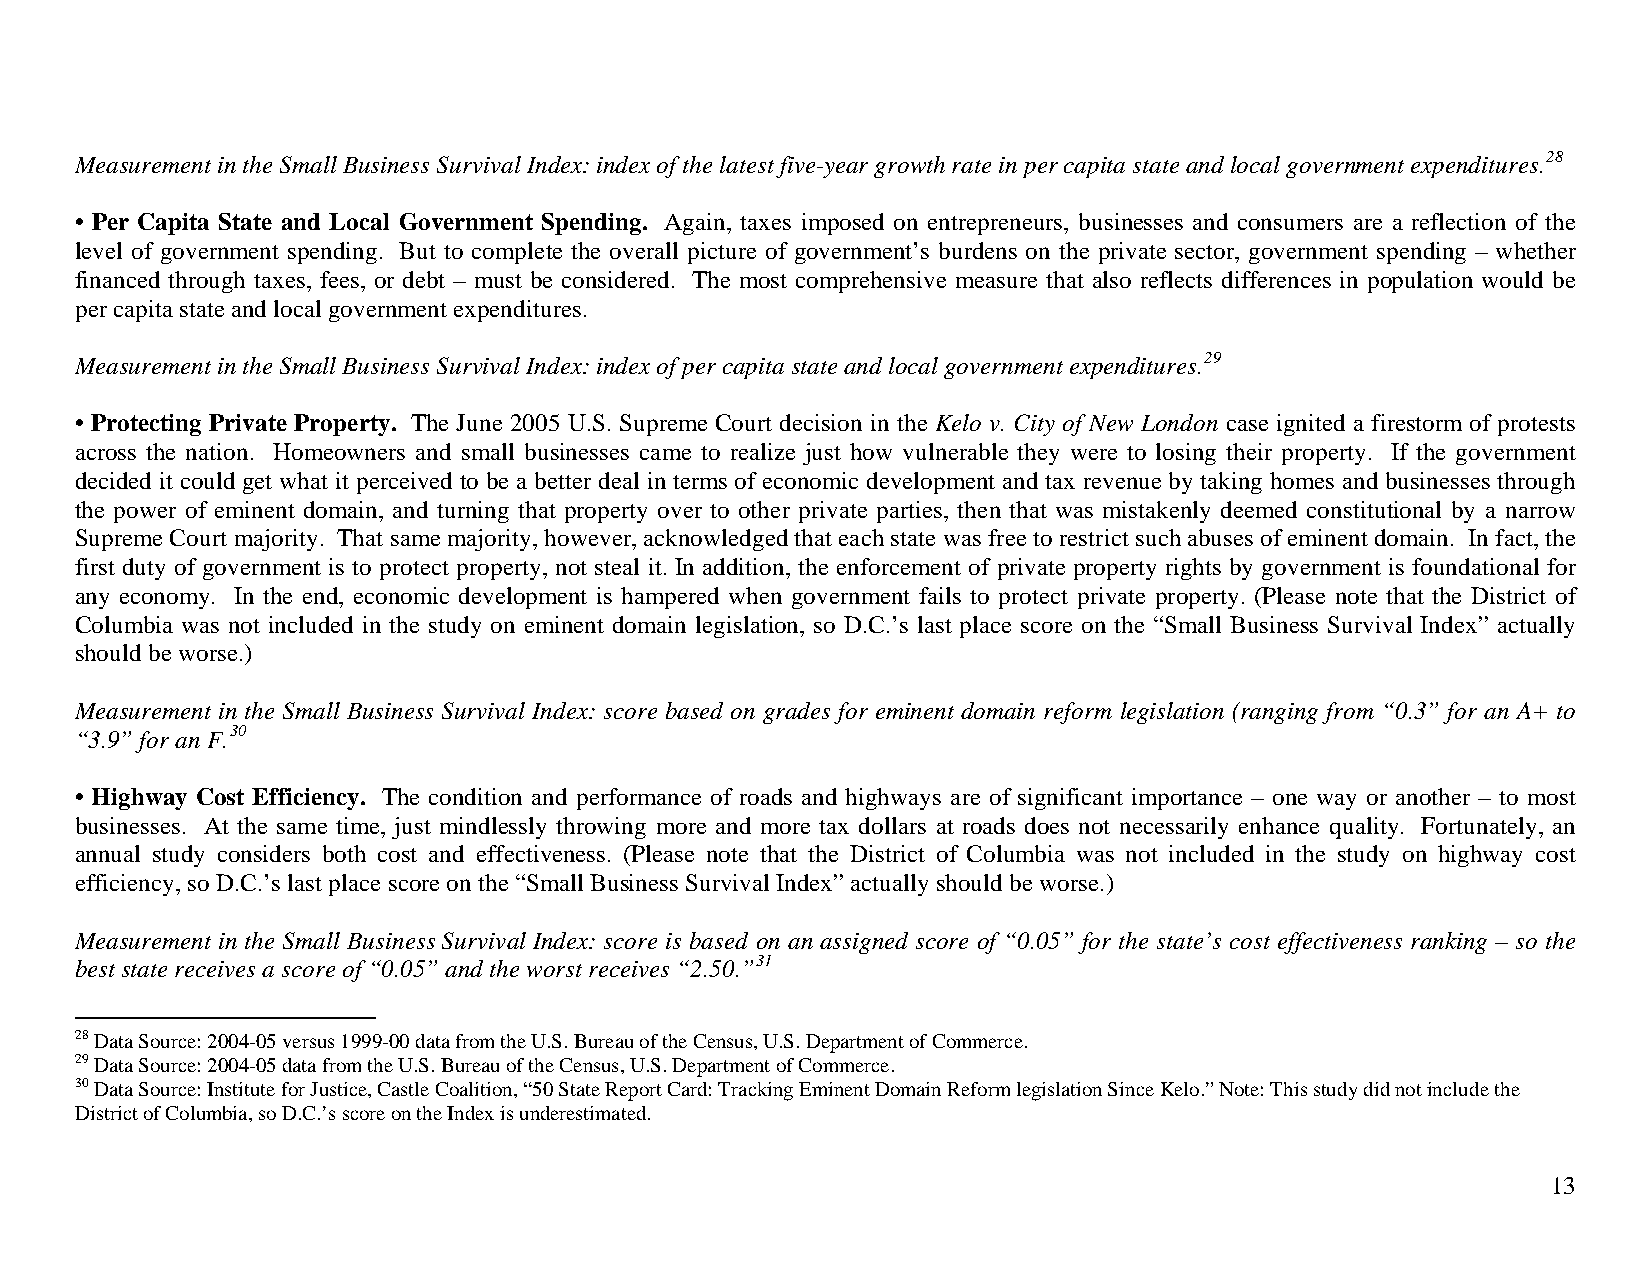
Measurement in the Small Business Survival Index: index of the latest five-year growth rate in per capita state and local government expenditures.28
 • Per Capita State and Local Government Spending. Again, taxes imposed on entrepreneurs, businesses and consumers are a reflection of the
 level of government spending. But to complete the overall picture of government’s burdens on the private sector, government spending – whether
 financed through taxes, fees, or debt – must be considered. The most comprehensive measure that also reflects differences in population would be
 per capita state and local government expenditures.
 Measurement in the Small Business Survival Index: index of per capita state and local government expenditures.29
 • Protecting Private Property. The June 2005 U.S. Supreme Court decision in the Kelo v. City of New London case ignited a firestorm of protests
 across the nation. Homeowners and small businesses came to realize just how vulnerable they were to losing their property. If the government
 decided it could get what it perceived to be a better deal in terms of economic development and tax revenue by taking homes and businesses through
 the power of eminent domain, and turning that property over to other private parties, then that was mistakenly deemed constitutional by a narrow
 Supreme Court majority. That same majority, however, acknowledged that each state was free to restrict such abuses of eminent domain. In fact, the
 first duty of government is to protect property, not steal it. In addition, the enforcement of private property rights by government is foundational for
 any economy. In the end, economic development is hampered when government fails to protect private property. (Please note that the District of
 Columbia was not included in the study on eminent domain legislation, so D.C.’s last place score on the “Small Business Survival Index” actually
 should be worse.)
 Measurement in the Small Business Survival Index: score based on grades for eminent domain reform legislation (ranging from “0.3” for an A+ to
 “3.9” for an F.30
 • Highway Cost Efficiency. The condition and performance of roads and highways are of significant importance – one way or another – to most
 businesses. At the same time, just mindlessly throwing more and more tax dollars at roads does not necessarily enhance quality. Fortunately, an
 annual study considers both cost and effectiveness. (Please note that the District of Columbia was not included in the study on highway cost
 efficiency, so D.C.’s last place score on the “Small Business Survival Index” actually should be worse.)
 Measurement in the Small Business Survival Index: score is based on an assigned score of “0.05” for the state’s cost effectiveness ranking – so the
 best state receives a score of “0.05” and the worst receives “2.50.”31
 28 Data Source: 2004-05 versus 1999-00 data from the U.S. Bureau of the Census, U.S. Department of Commerce.
 29 Data Source: 2004-05 data from the U.S. Bureau of the Census, U.S. Department of Commerce.
 30 Data Source: Institute for Justice, Castle Coalition, “50 State Report Card: Tracking Eminent Domain Reform legislation Since Kelo.” Note: This study did not include the
 District of Columbia, so D.C.’s score on the Index is underestimated.
 13